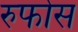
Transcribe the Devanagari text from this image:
रुफोस